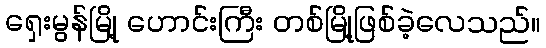
ရှေးမွန်မြို့ ဟောင်းကြီး တစ်မြို့ဖြစ်ခဲ့လေသည်။